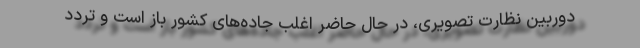
دوربین نظارت تصویری، در حال حاضر اغلب جاده‌های کشور باز است و تردد